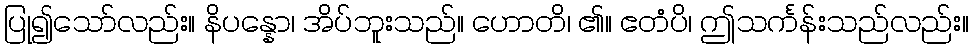
ပြု၍သော်လည်း။ နိပန္နော၊ အိပ်ဘူးသည်။ ဟောတိ၊ ၏။ ဧတံပိ၊ ဤသင်္ကန်းသည်လည်း။